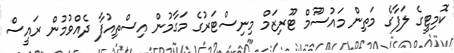
ކޮމިޓީގެ ލަފާގެ މަތިން މައުސޫމް ޓޫރިޒަމް މިނިސްޓަރުގެ މަގާމުން އިސްތިއުފާ ދެއްވުމުން ރައީސް